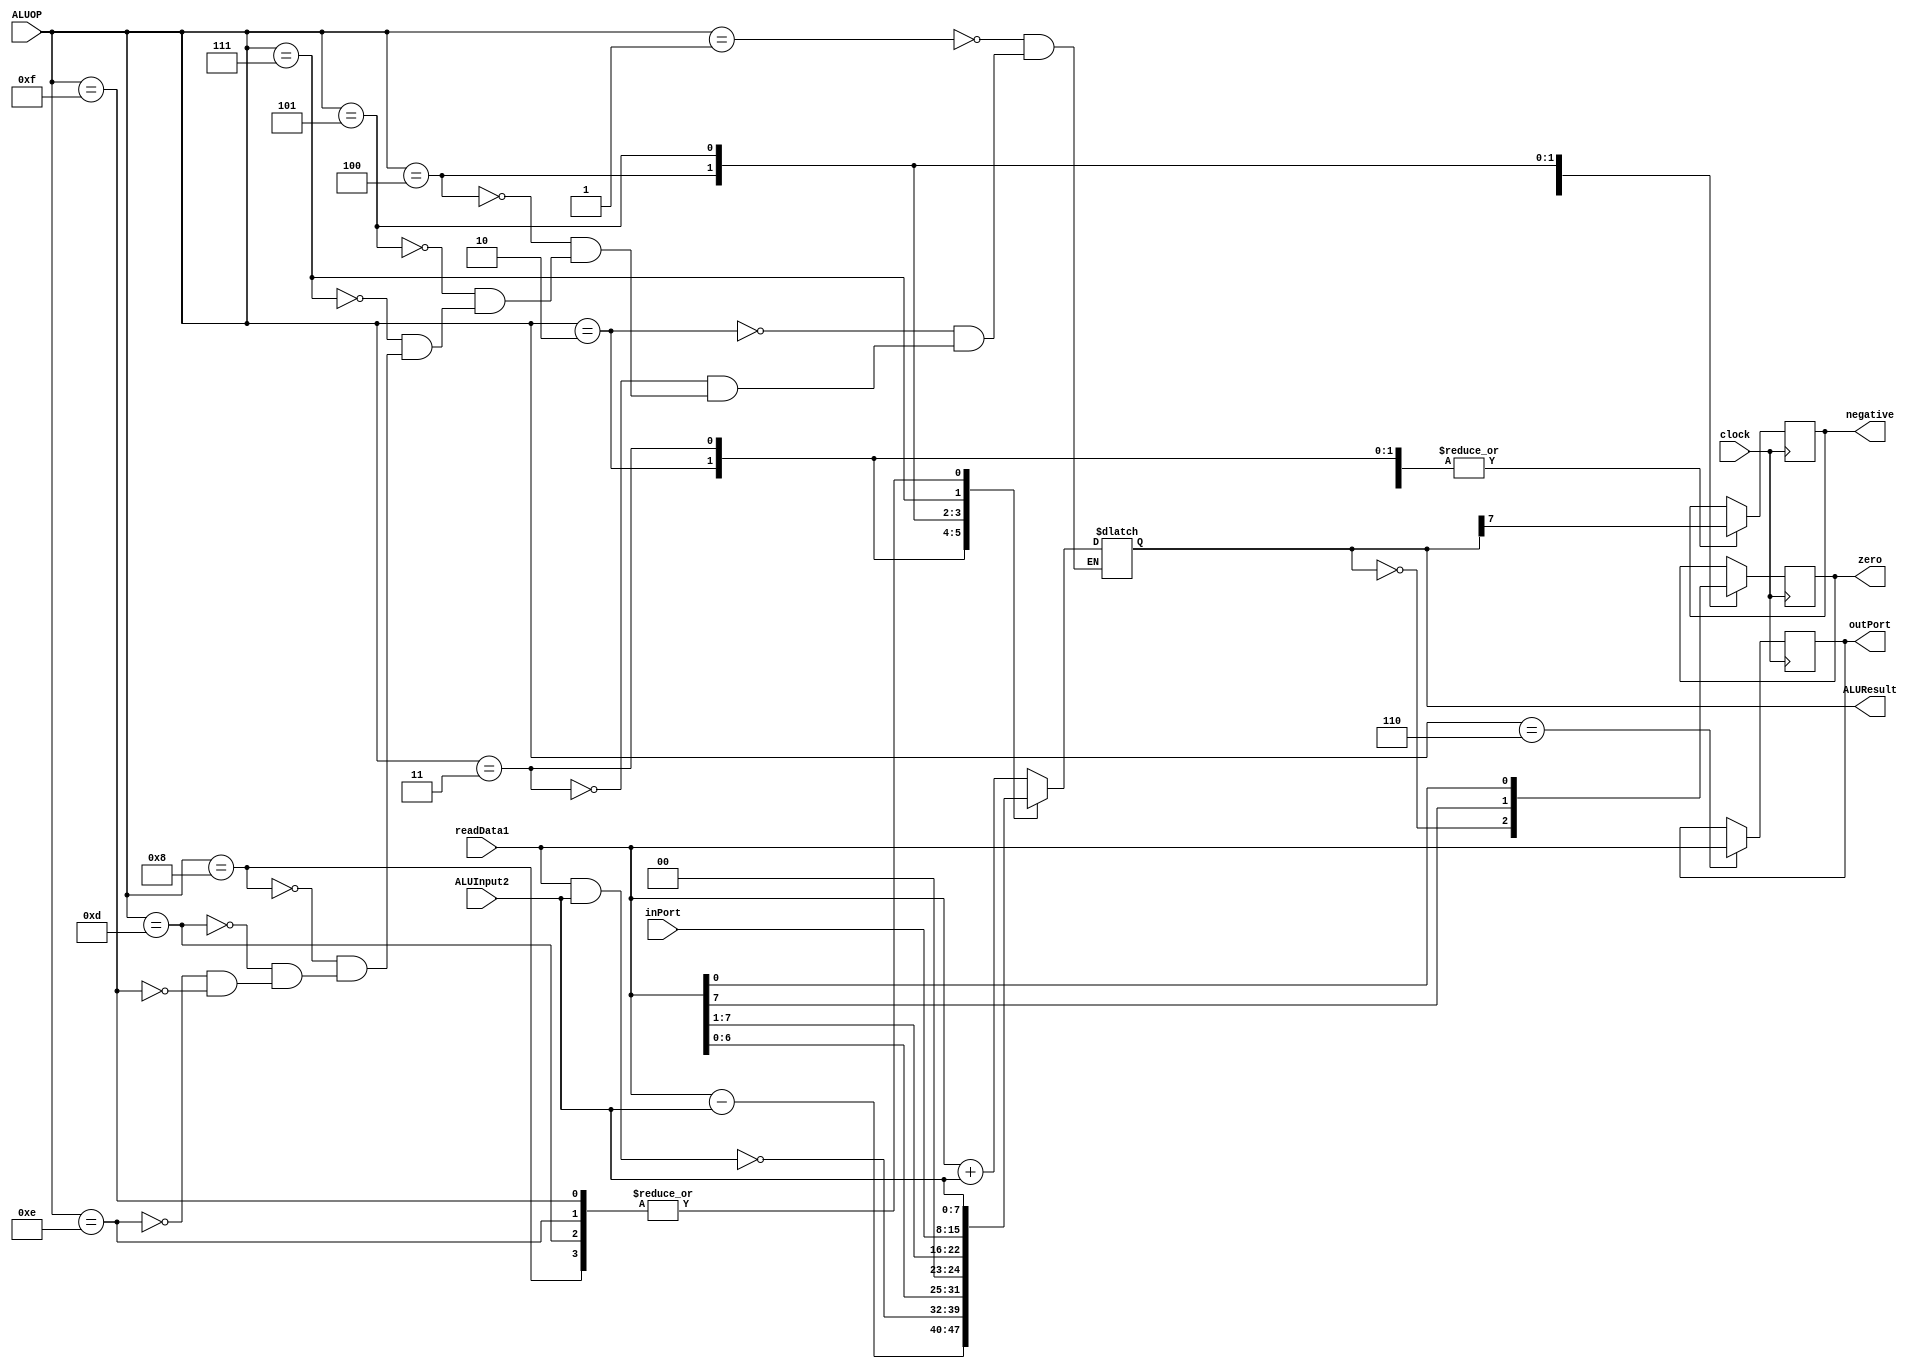
/*
	ALU.V

	CONTRIBUTION: AIDAN, SEAN, FATIMA

*/
module ALU(
	clock,
	readData1,
	ALUInput2,
	ALUOP,
	inPort,
	ALUResult,
	zero,
	negative,
	outPort);
	
	input clock;
	input [7:0]	readData1;
	input [7:0] ALUInput2;
	input [3:0] ALUOP;
	input [7:0]	inPort;
	
	output reg [7:0]	ALUResult;
	output reg 			zero;
	output reg			negative;
	output reg [7:0]	outPort;
	
	
	always@(*) begin
	
		case(ALUOP)
	
			4'b0000: //NOP
				begin
					//DO NOTHING
				end
			
			4'b0001: //ADD
				begin
				
					ALUResult = readData1 + ALUInput2;
				
				end
			
			4'b0010: //SUB
				begin
				
					ALUResult = readData1 - ALUInput2;
				
				end
			
			4'b0011: //NAND
				begin
				
					ALUResult = ~(readData1 & ALUInput2);
					
				
				end
			
			4'b0100: //SHL
				begin
				
					ALUResult = readData1 << 1;

				end
			
			4'b0101: //SHR
				begin
			
					ALUResult = readData1 >> 1;
					
				end
			
			4'b0111: //IN
				begin
			
					ALUResult = inPort;
				
				end
			
			4'b1000: //MOV
				begin
			
					ALUResult = ALUInput2;
			
				end
			
			
			4'b1001: //BR
				begin
					
					//DO NOTHING
					
				end
			
			4'b1010: //BR.C
				begin
					
					//DO NOTHING
					
				end
			
			4'b1011: //BR.SUB
				begin
					
					//DO NOTHING
					
				end
			
			4'b1100: //RETURN
				begin
					
					//DO NOTHING
					
				end
			
			4'b1101: //LOAD
				begin
			
					ALUResult = ALUInput2;
			
				end
			
			4'b1110: //STORE
				begin
			
					ALUResult = ALUInput2;
			
				end
			
			4'b1111: //LOADIMM
				begin
			
					ALUResult = ALUInput2;
			
				end
	
		endcase
	end
	
	always@(posedge clock) begin
	
		case(ALUOP)
		
			4'b0110: //OUT
			begin
		
				outPort = readData1;
			
			end
			4'b0001: //ADD
				begin
				
					zero = (ALUResult == 0);
				
					negative = ALUResult[7];
				
				end
			
			4'b0010: //SUB
				begin
				
					zero = (ALUResult == 0);
				
					negative = ALUResult[7];
				
				end
			
			4'b0011: //NAND
				begin
				
					zero = (ALUResult == 0);
				
					negative = ALUResult[7];
						
				end
			
			4'b0100: //SHL
				begin
				
					zero = readData1[7];

				end
			
			4'b0101: //SHR
				begin
			
					zero = readData1[0];
					
				end
			
		endcase
		
	end

endmodule